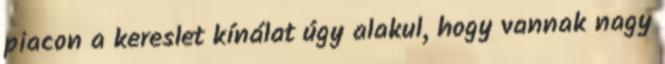
piacon a kereslet kínálat úgy alakul, hogy vannak nagy